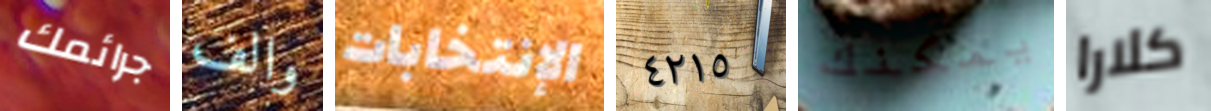
جرائمك والف الإنتخابات ٤٢١٥ يمكنك كلارا